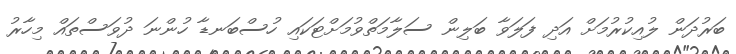
ބަރުދަން ލުއިކުރުމަށް އަދި ފަލަވާ ބަލިން ސަލާމަތްވުމަށްޓަކައި ހުސްބަނޑާ ހުންނަ ދުވަސްތައް މިހާރު